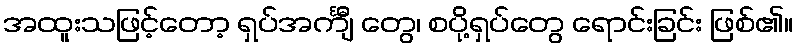
အထူးသဖြင့်တော့ ရှပ်အင်္ကျီ တွေ၊ စပို့ရှပ်တွေ ရောင်းခြင်း ဖြစ်၏။